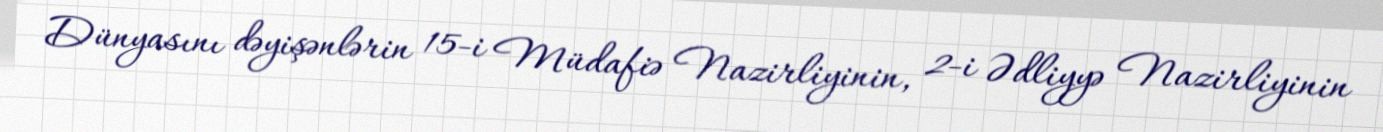
Dünyasını dəyişənlərin 15-i Müdafiə Nazirliyinin, 2-i Ədliyyə Nazirliyinin